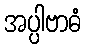
အပ္ပါဗာဓံ